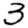
Digit: 3